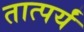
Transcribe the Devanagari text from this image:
तात्पर्यं